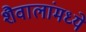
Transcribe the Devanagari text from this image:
शैवालांमध्ये